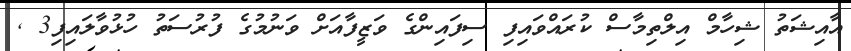
އާއިޝަތު ޝިހާމް އިލްތިމާސް ކުރައްވައިފި ސިފައިންގެ ވަޒީފާއަށް ވަނުމުގެ ފުރުސަތު ހުޅުވާލައިފި3